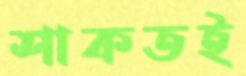
শাকতই